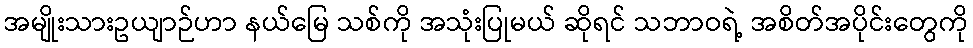
အမျိုးသားဥယျာဉ်ဟာ နယ်မြေ သစ်ကို အသုံးပြုမယ် ဆိုရင် သဘာဝရဲ့ အစိတ်အပိုင်းတွေကို